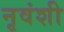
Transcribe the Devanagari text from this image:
नृवंशी